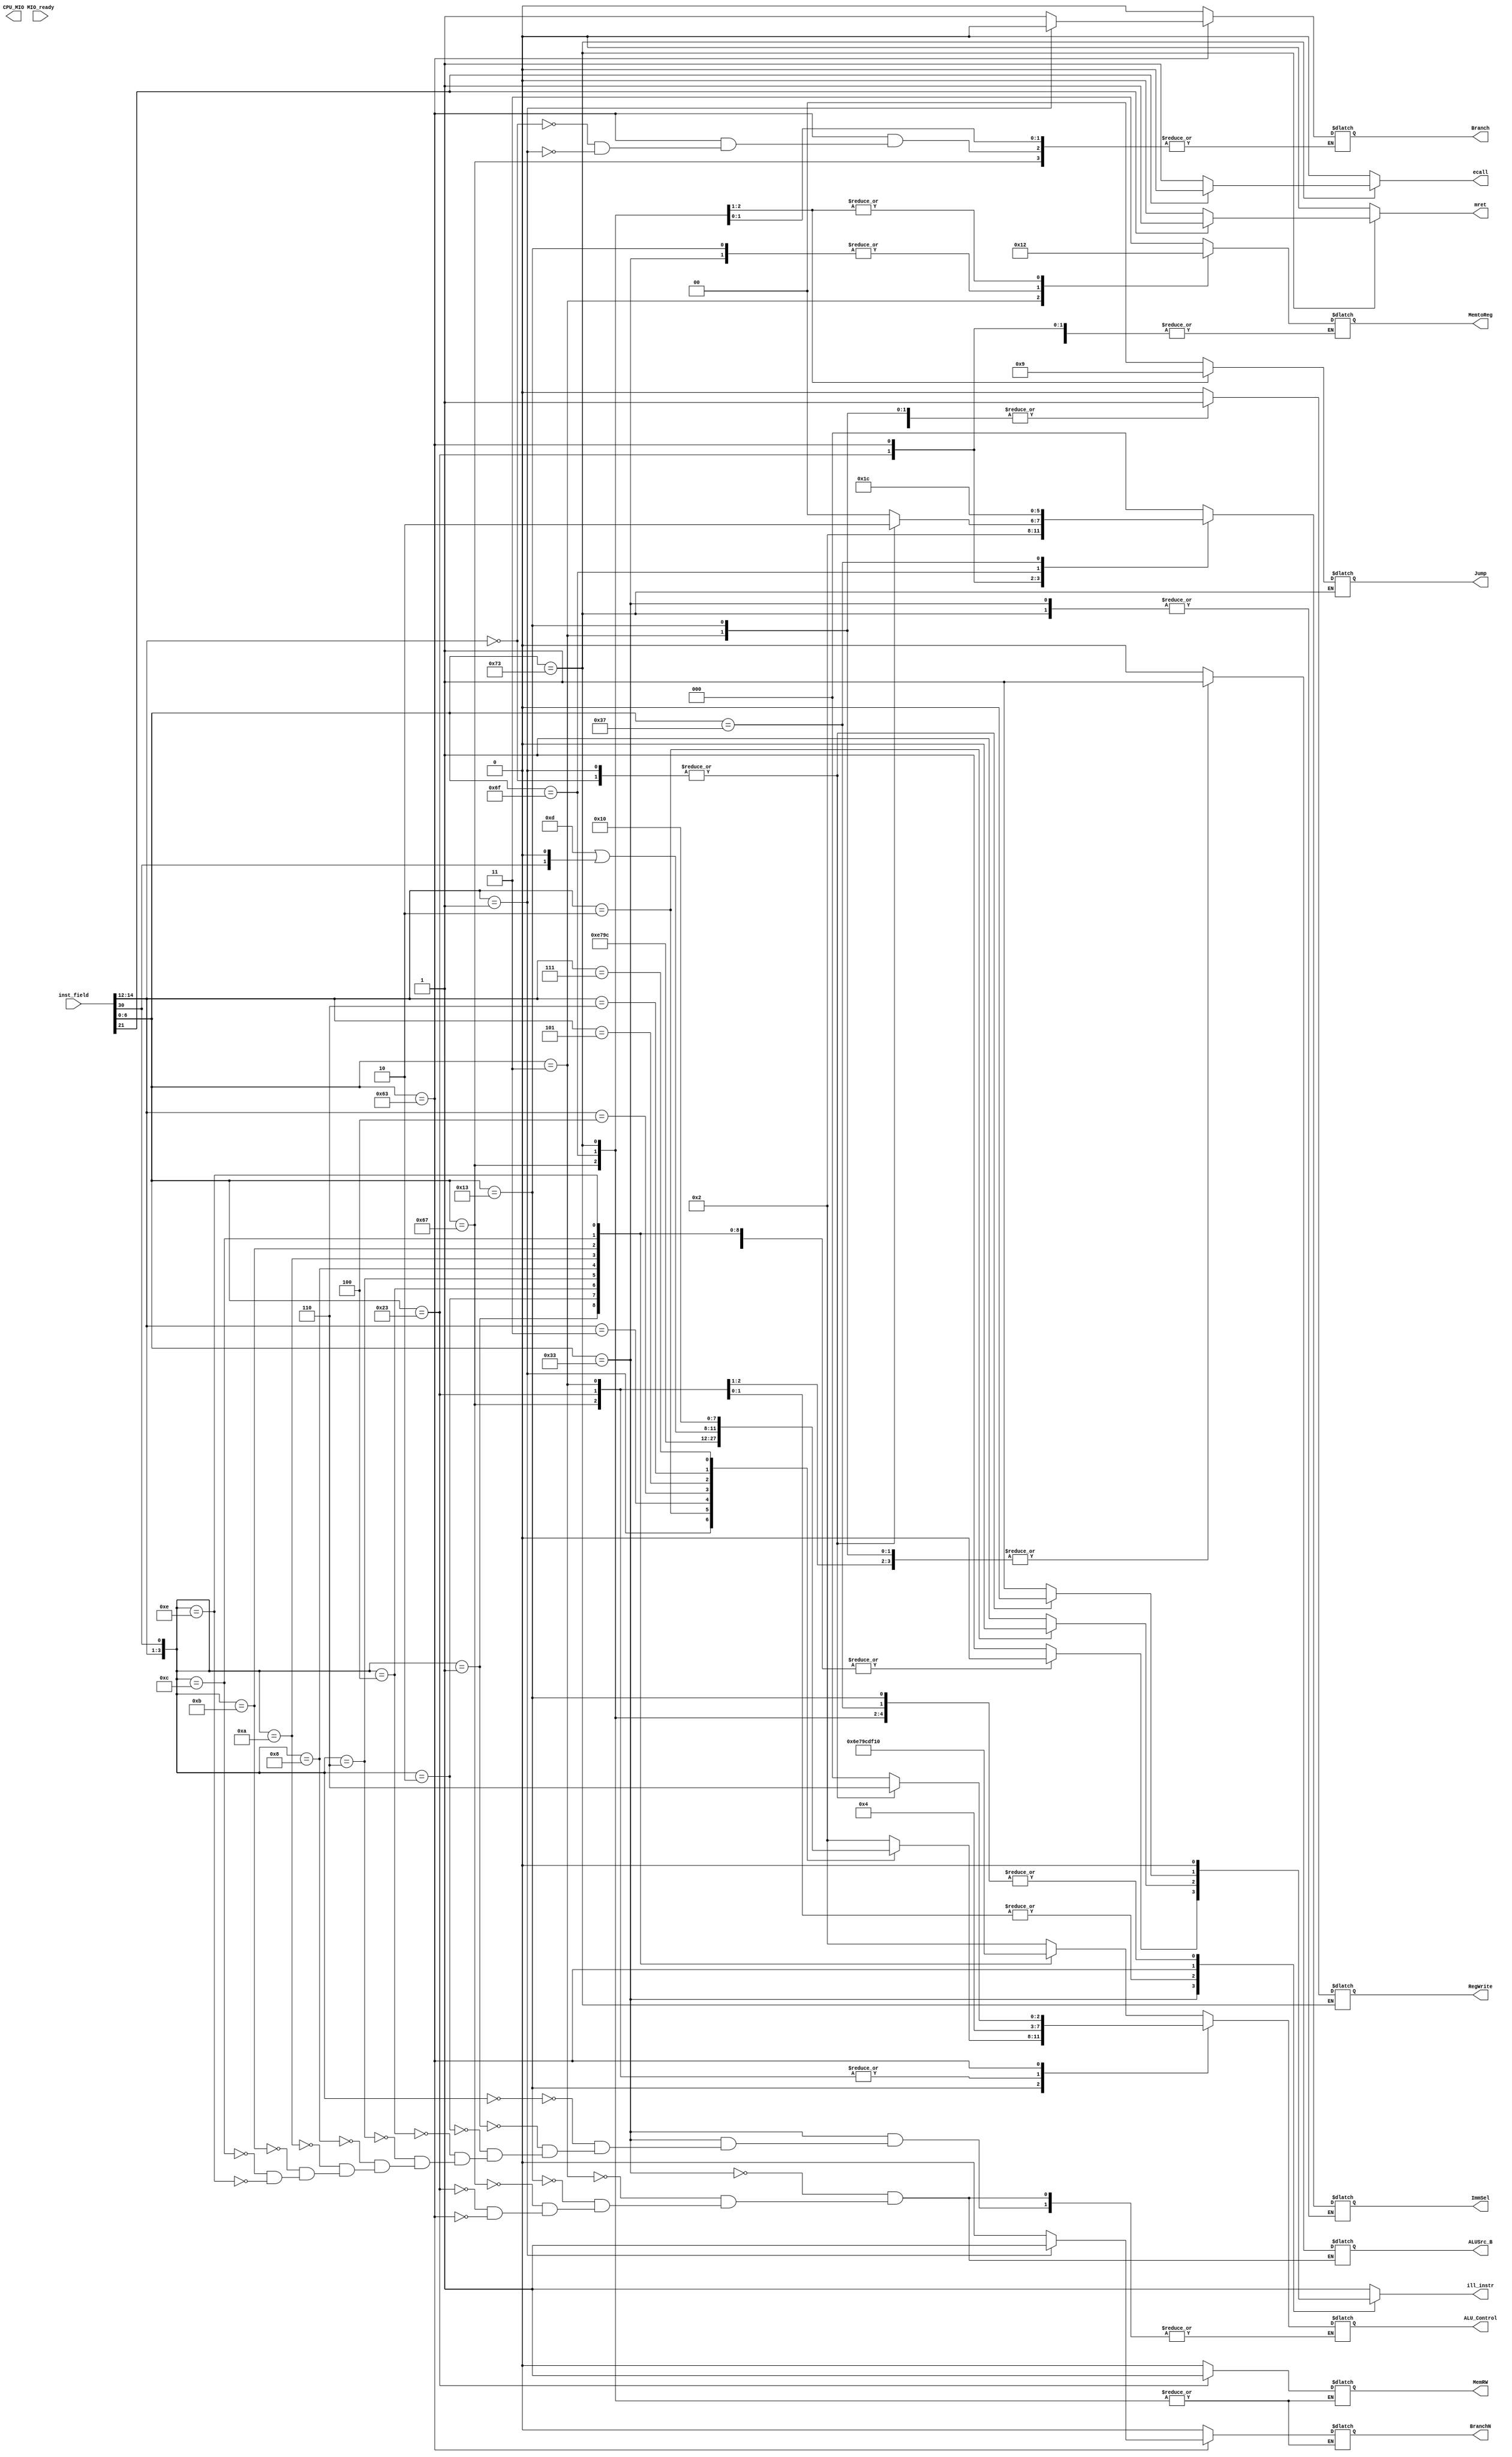
`timescale 1ns / 1ps
//////////////////////////////////////////////////////////////////////////////////
// Company: 
// Engineer: 
// 
// Design Name: 
// Module Name: ctrl
// Project Name: 
// Target Devices: 
// Tool Versions: 
// Description: 
// 
// Dependencies: 
// 
// Revision:
// Revision 0.01 - File Created
// Additional Comments:
// 
//////////////////////////////////////////////////////////////////////////////////

module SCPU_ctrl_more( 
input [31:0] inst_field,
//input[6:0]OPcode, //OPcode
//input[2:0]Fun3, //Function
//input Fun7, //Function
input MIO_ready, //CPU Wait
output reg ecall,
output reg ill_instr,
output reg mret,
output reg [2:0]ImmSel,
output reg ALUSrc_B,
output reg [1:0]MemtoReg,
output reg [1:0]Jump,
output reg Branch,
output reg BranchN,
output reg RegWrite,
output reg MemRW,
output reg [3:0]ALU_Control,
output reg CPU_MIO
); 
parameter _add = 4'b0010 , _sub = 4'b0110, _sll = 4'b1110, _slt = 4'b0111 , _sltu = 4'b1001, _xor = 4'b1100,
_srl = 4'b1101, _sra = 4'b1111, _or = 4'b0001, _and = 4'b0000, _I = 3'd0,_S = 3'd1, _B = 3'd2, _J = 3'd3, _U = 3'd4,
_Reg = 0,_Imm = 1,_Read = 0,_Write = 1,_ALU = 0,_Mem = 1,_PC = 2, _Imm_mem = 3;

wire [6:0] OPcode = inst_field[6:0];
wire [2:0] Fun3 = inst_field[14:12];
wire Fun7 = inst_field[30];

always @* begin

    case(OPcode) 
    // r type signed 
       7'b0110011:begin
            ecall = 0;
            ill_instr = 0;
            mret = 0;
            Branch = 0;
            BranchN = 0;
            Jump = 0;
            ALUSrc_B = 0;
            MemRW = 0;
            RegWrite = 1;
            MemtoReg = 2'b0;
            case({Fun3,Fun7})
                4'b0000:ALU_Control = 4'b0010;
                4'b0001:ALU_Control = 4'b0110;
                4'b0010:ALU_Control = 4'b1110;
                4'b0100:ALU_Control = 4'b0111;
                4'b0110:ALU_Control = 4'b1001;
                4'b1000:ALU_Control = 4'b1100;
                4'b1010:ALU_Control = 4'b1101;
                4'b1011:ALU_Control = 4'b1111;
                4'b1100:ALU_Control = 4'b0001;
                4'b1110:ALU_Control = 4'b0000;
                default:ill_instr = 1;
            endcase
        end
        // r type mret
       7'b1110011:begin
            ill_instr = 0;
//            ecall = 1;
//            mret = 0;
            ecall = (inst_field[21]==1'b0)?1:0;
            mret = (inst_field[21]==1'b1)?1:0;
       end
        // i type  lw
       7'b0000011:begin
            ecall = 0;
            ill_instr = (Fun3==3'b010)?0:1;
             mret = 0;
            Branch = 0;
            BranchN = 0;
            Jump = 0;
            ImmSel = 0;
            ALUSrc_B = 1;
            ALU_Control =_add;
            MemRW = _Read;
            RegWrite = 1;
            MemtoReg = 1;
         end
        // i type addi slti ... imm
        7'b0010011:begin
             ecall = 0;
             ill_instr = 0;
             mret = 0;
            Branch = 0;
            BranchN = 0;
            Jump = 0;
            ImmSel = 0;
            ALUSrc_B = 1;
            MemRW = _Read;
            RegWrite = 1;
            MemtoReg = _ALU;
            case(Fun3)
                3'b000:ALU_Control = _add;
                3'b001:ALU_Control = _sll;
                3'b010:ALU_Control = _slt;
                3'b011:ALU_Control = _sltu;
                3'b100:ALU_Control = _xor;
                3'b101:ALU_Control = _srl | ({2'b0,Fun7,1'b0});
                3'b110:ALU_Control = _or;
                3'b111:ALU_Control = _and; 
            endcase
        end
        // i type jalr
        7'b1100111:begin
            ecall = 0;
            ill_instr = 0;
            mret = 0;
            Jump = 2;
            ImmSel = _I;
            ALUSrc_B = _Imm;
            ALU_Control = _add;
            RegWrite = 1;
            MemtoReg = _PC;
        end
        // itype ecall mret ebreak
        7'b1110011:begin
            ill_instr = 0;
//            ecall = 1;
//            mret = 0;
            ecall = (inst_field[21]==1'b0)?1:0;
            mret = (inst_field[21]==1'b1)?1:0;
        end
         // s type sw
       7'b0100011:begin
            ecall = 0;
            ill_instr = (Fun3==3'b010)?0:1;
             mret = 0;
           Branch = 0;
           BranchN = 0;
           Jump = 0;
           ImmSel = _S;
           ALUSrc_B = _Imm;
           ALU_Control = _add;
           MemRW = _Write;
           RegWrite = 0; 
        end
           // sb type 
       7'b1100011:begin
            ecall = 0;
             mret = 0;
           case(Fun3)
                3'b000:begin // beq
                    ill_instr = 0;
                    Branch = 1;
                    BranchN = 0;
                    Jump = 0;
                    ImmSel = _B;
                    ALUSrc_B = _Reg;
                    ALU_Control = _sub;
                    RegWrite = 0;
                    MemRW = _Read;
                end
                3'b001:begin // bne
                    ill_instr = 0;
                    Branch = 0;
                    BranchN = 1;
                    Jump = 0;
                    ImmSel = _B;
                    ALUSrc_B = _Reg;
                    ALU_Control = _sub;
                    RegWrite = 0;    
                    MemRW = _Read;
                end
                default:begin
                    ill_instr = 1;
                    BranchN = 0;
                    Jump = 0;
                    ImmSel = 0;
                    ALUSrc_B = 0;
                    ALU_Control = 0;
                    RegWrite = 0;
                    MemRW = _Read;
                end
           endcase
       end  
        // uj type jal
       7'b1101111:begin
                    ecall = 0;
                    ill_instr = 0;
                    mret = 0;
                    Jump = 1;
                    ImmSel = _J;
                    RegWrite = 1;
                    MemtoReg = _PC;
               end
        // u type
        7'b0110111:begin
            ecall = 0;
            ill_instr = 0;
            mret = 0;
            Branch = 0;
            BranchN = 0;
            Jump = 0;
            ImmSel = _U;
            RegWrite = 1;
            MemtoReg = _Imm_mem;
            MemRW = _Read;
        end
        default:begin
            ecall = 0;
            ill_instr = 1;
            mret = 0;
            Branch = 0;
            BranchN = 0;
            Jump = 0;
            ImmSel = 0;
            RegWrite = 0;
            MemtoReg = _Imm_mem;
            MemRW = _Read;
        end 
    endcase
end




endmodule